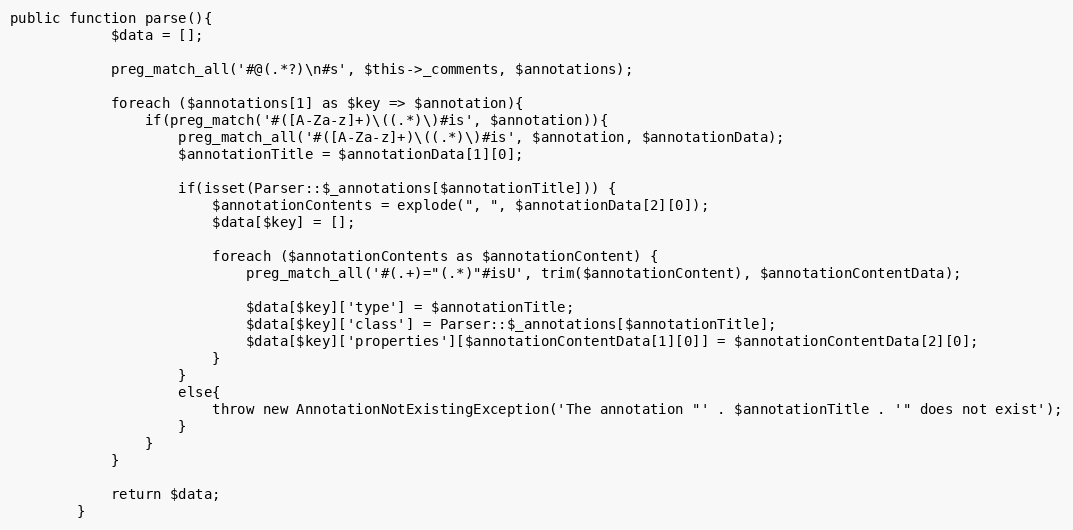
Language: PHP
public function parse(){
			$data = [];

			preg_match_all('#@(.*?)\n#s', $this->_comments, $annotations);

			foreach ($annotations[1] as $key => $annotation){
				if(preg_match('#([A-Za-z]+)\((.*)\)#is', $annotation)){
					preg_match_all('#([A-Za-z]+)\((.*)\)#is', $annotation, $annotationData);
					$annotationTitle = $annotationData[1][0];

					if(isset(Parser::$_annotations[$annotationTitle])) {
						$annotationContents = explode(", ", $annotationData[2][0]);
						$data[$key] = [];

						foreach ($annotationContents as $annotationContent) {
							preg_match_all('#(.+)="(.*)"#isU', trim($annotationContent), $annotationContentData);

							$data[$key]['type'] = $annotationTitle;
							$data[$key]['class'] = Parser::$_annotations[$annotationTitle];
							$data[$key]['properties'][$annotationContentData[1][0]] = $annotationContentData[2][0];
						}
					}
					else{
						throw new AnnotationNotExistingException('The annotation "' . $annotationTitle . '" does not exist');
					}
				}
			}

			return $data;
		}